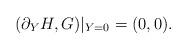
LaTeX: \begin{align*}(\partial_YH, G)|_{Y=0}=(0,0).\end{align*}